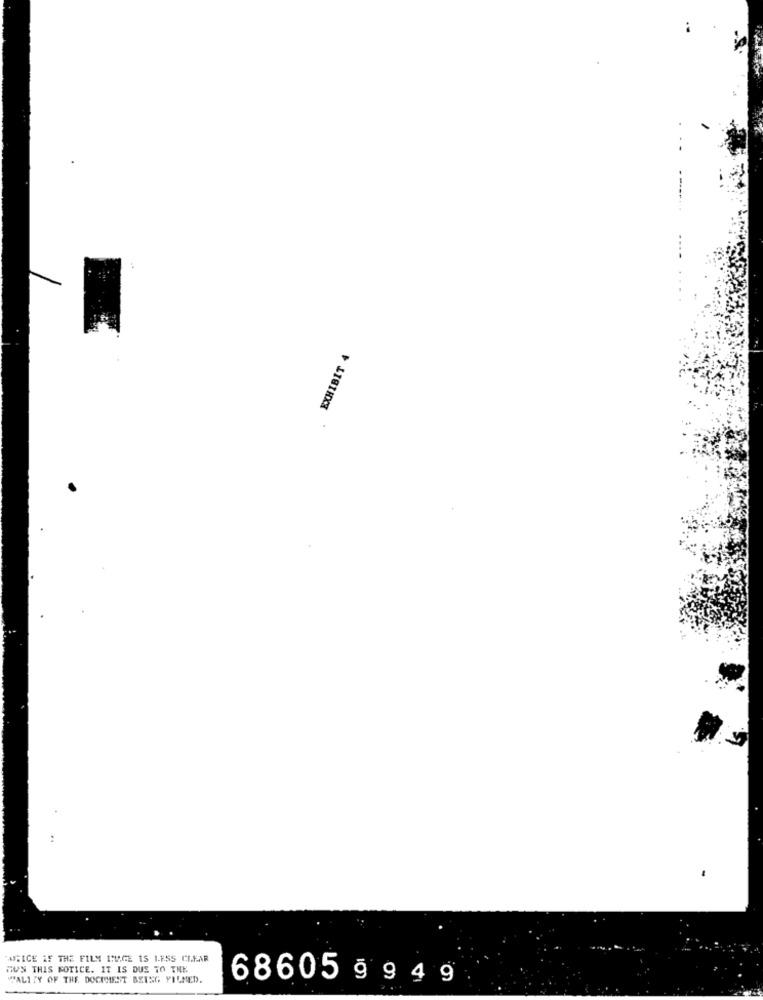
EXHIBIT 4
ANICE IF THE FILM ITU.GE IS LESS CLEAR
MUN THIS NOTICE. IT IS DUE TO THE
WALITY OF THE DOCUMENT BEING YILMED.
68605 9 9 4 9